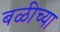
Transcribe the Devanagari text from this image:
बळीच्या